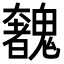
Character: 𩴟